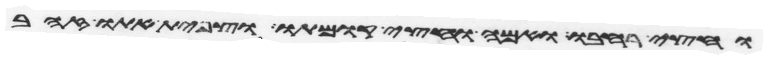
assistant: וחצי רחבו ואמה וחצי קומתו וצפית אתו זהב